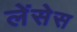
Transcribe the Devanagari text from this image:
लेंसेस